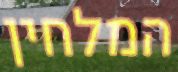
המלחין